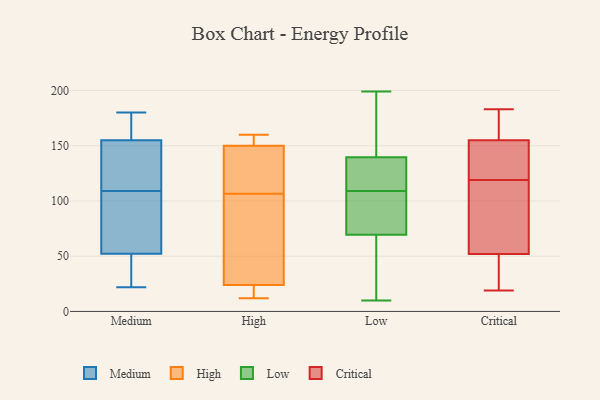
{"axis": {"x": "Revenue (USD Million)", "y": "Value"}, "legend": ["Critical", "High", "Low", "Medium"], "data": [{"x": "", "y": 125, "type": "Medium"}, {"x": "", "y": 53, "type": "Medium"}, {"x": "", "y": 50, "type": "Medium"}, {"x": "", "y": 118, "type": "Medium"}, {"x": "", "y": 61, "type": "Medium"}, {"x": "", "y": 22, "type": "Medium"}, {"x": "", "y": 161, "type": "Medium"}, {"x": "", "y": 44, "type": "Medium"}, {"x": "", "y": 153, "type": "Medium"}, {"x": "", "y": 180, "type": "Medium"}, {"x": "", "y": 60, "type": "Medium"}, {"x": "", "y": 180, "type": "Medium"}, {"x": "", "y": 109, "type": "Medium"}, {"x": "", "y": 124, "type": "High"}, {"x": "", "y": 23, "type": "High"}, {"x": "", "y": 160, "type": "High"}, {"x": "", "y": 147, "type": "High"}, {"x": "", "y": 12, "type": "High"}, {"x": "", "y": 89, "type": "High"}, {"x": "", "y": 153, "type": "High"}, {"x": "", "y": 41, "type": "High"}, {"x": "", "y": 150, "type": "High"}, {"x": "", "y": 24, "type": "High"}, {"x": "", "y": 199, "type": "Low"}, {"x": "", "y": 152, "type": "Low"}, {"x": "", "y": 74, "type": "Low"}, {"x": "", "y": 181, "type": "Low"}, {"x": "", "y": 142, "type": "Low"}, {"x": "", "y": 107, "type": "Low"}, {"x": "", "y": 113, "type": "Low"}, {"x": "", "y": 65, "type": "Low"}, {"x": "", "y": 137, "type": "Low"}, {"x": "", "y": 78, "type": "Low"}, {"x": "", "y": 88, "type": "Low"}, {"x": "", "y": 111, "type": "Low"}, {"x": "", "y": 10, "type": "Low"}, {"x": "", "y": 18, "type": "Low"}, {"x": "", "y": 50, "type": "Low"}, {"x": "", "y": 132, "type": "Low"}, {"x": "", "y": 38, "type": "Critical"}, {"x": "", "y": 19, "type": "Critical"}, {"x": "", "y": 31, "type": "Critical"}, {"x": "", "y": 102, "type": "Critical"}, {"x": "", "y": 167, "type": "Critical"}, {"x": "", "y": 154, "type": "Critical"}, {"x": "", "y": 52, "type": "Critical"}, {"x": "", "y": 104, "type": "Critical"}, {"x": "", "y": 183, "type": "Critical"}, {"x": "", "y": 108, "type": "Critical"}, {"x": "", "y": 178, "type": "Critical"}, {"x": "", "y": 146, "type": "Critical"}, {"x": "", "y": 130, "type": "Critical"}, {"x": "", "y": 155, "type": "Critical"}]}